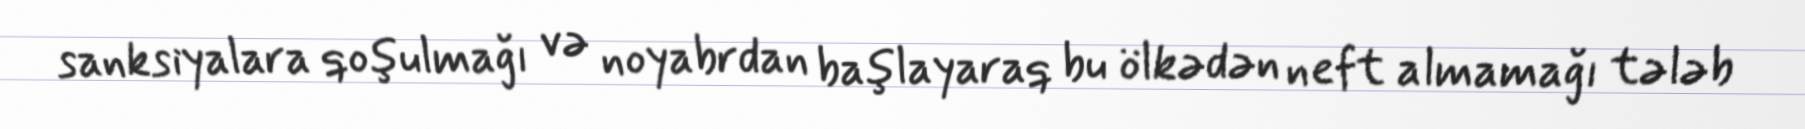
sanksiyalara qoşulmağı və noyabrdan başlayaraq bu ölkədən neft almamağı tələb